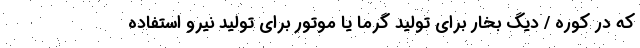
که در کوره / دیگ بخار برای تولید گرما یا موتور برای تولید نیرو استفاده